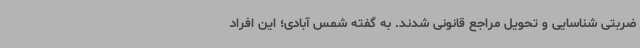
ضربتی شناسایی و تحویل مراجع قانونی شدند. به گفته شمس آبادی؛ این افراد